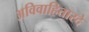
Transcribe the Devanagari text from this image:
अविवाहितारदे